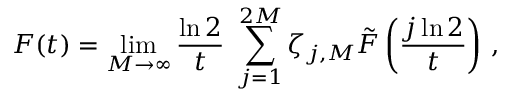
F ( t ) = \operatorname* { l i m } _ { M \to \infty } \frac { \ln 2 } { t } \, \, \sum _ { j = 1 } ^ { 2 M } \zeta _ { j , M } \tilde { F } \left( \frac { j \ln 2 } { t } \right) \, ,